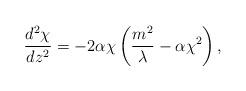
LaTeX: \begin{align*}\frac{d^2\chi}{dz^2}=-2\alpha\chi\left(\frac{m^2}{\lambda}-\alpha\chi^2\right),\end{align*}